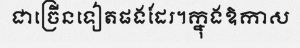
ជាច្រើនទៀតផងដែរ។ក្នុងឱកាស